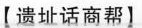
【遗址话商帮】